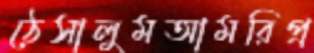
ঠেসালুমআমরিপ্র